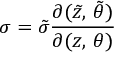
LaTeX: \sigma = { \tilde { \sigma } } \frac { \partial ( { \tilde { z } } , \, { \tilde { \theta } } ) } { \partial ( z , \, \theta ) }